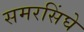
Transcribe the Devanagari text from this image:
समरसिंघे